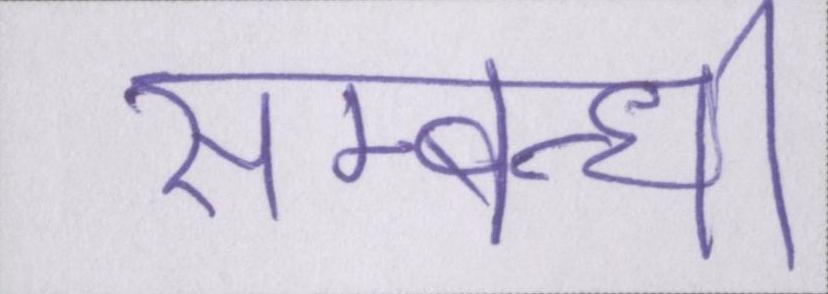
सम्बन्धी